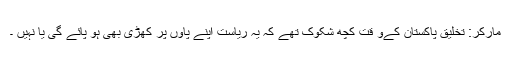
مارکر: تخلیق پاکستان کےو قت کچھ شکوک تھے کہ یہ ریاست اپنے پاوں پر کھڑی بھی ہو پائے گی یا نہیں ۔